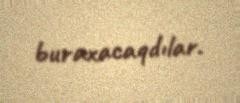
buraxacaqdılar.